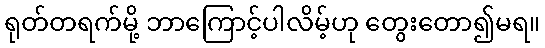
ရုတ်တရက်မို့ ဘာကြောင့်ပါလိမ့်ဟု တွေးတော၍မရ။